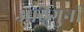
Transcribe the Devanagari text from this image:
आठगुनी